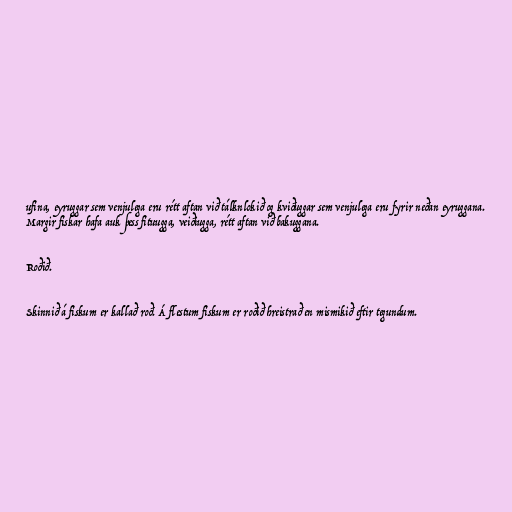
ufina, eyruggar sem venjulega eru rétt aftan við tálknlokið og kviðuggar sem venjulega eru fyrir neðan eyruggana.
Margir fiskar hafa auk þess fituugga, veiðiugga, rétt aftan við bakuggana.

Roðið.

Skinnið á fiskum er kallað roð. Á flestum fiskum er roðið hreistrað en mismikið eftir tegundum.